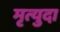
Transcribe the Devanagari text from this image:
मृत्युदा